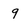
Character: 9